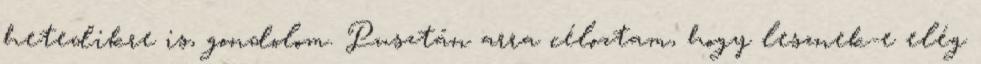
hetedikre is, gondolom. Pusztán arra céloztam, hogy lesznek-e elég